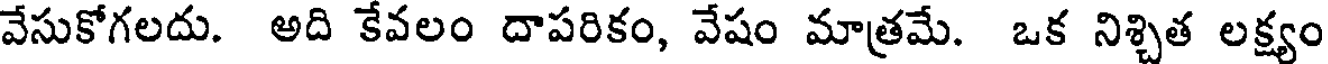
వేసుకోగలదు. అది కేవలం దాపరికం, వేషం మాత్రమే. ఒక నిశ్చిత లక్ష్యం